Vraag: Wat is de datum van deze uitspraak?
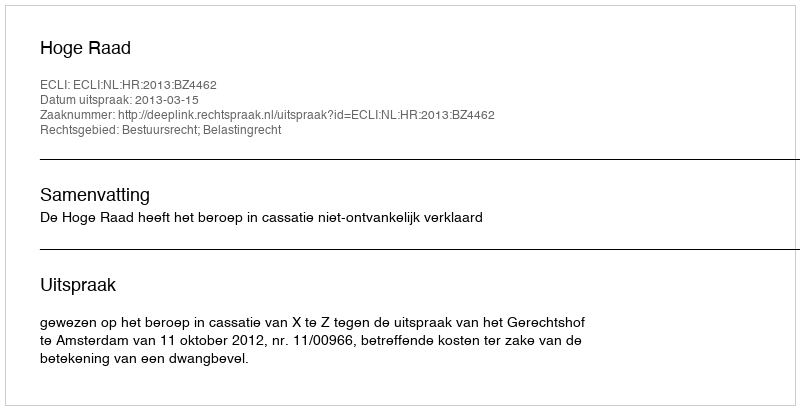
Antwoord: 2013-03-15